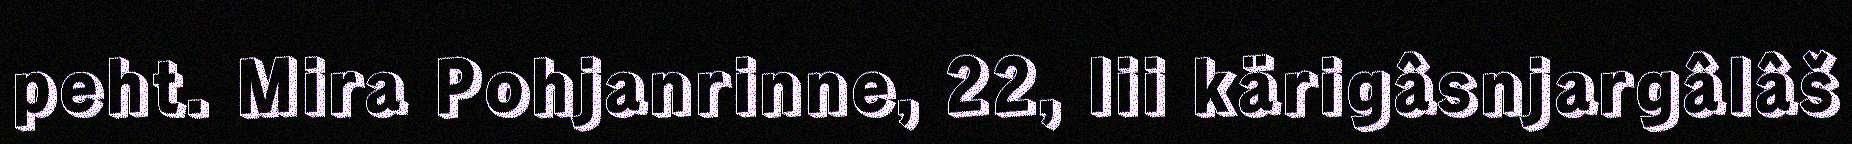
peht. Mira Pohjanrinne, 22, lii kärigâsnjargâlâš